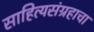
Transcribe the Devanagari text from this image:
साहित्यसंग्रहाचा